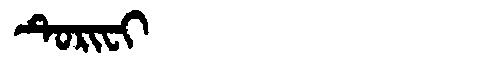
Manchu: ᡨᡠᡵᡳᠸᡳ
Romanization: TURIFI